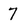
Character: 7